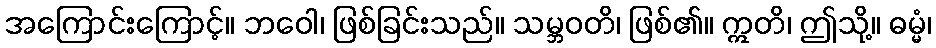
အကြောင်းကြောင့်။ ဘဝေါ၊ ဖြစ်ခြင်းသည်။ သမ္ဘဝတိ၊ ဖြစ်၏။ ဣတိ၊ ဤသို့။ ဓမ္မံ၊